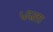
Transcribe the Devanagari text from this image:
५६ला